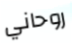
روحاني